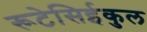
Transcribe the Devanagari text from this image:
रूटेसिईकुल